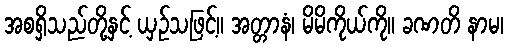
အစရှိသည်တို့နှင့် ယှဉ်သဖြင့်။ အတ္တာနံ၊ မိမိကိုယ်ကို။ ခဏတိ နာမ၊